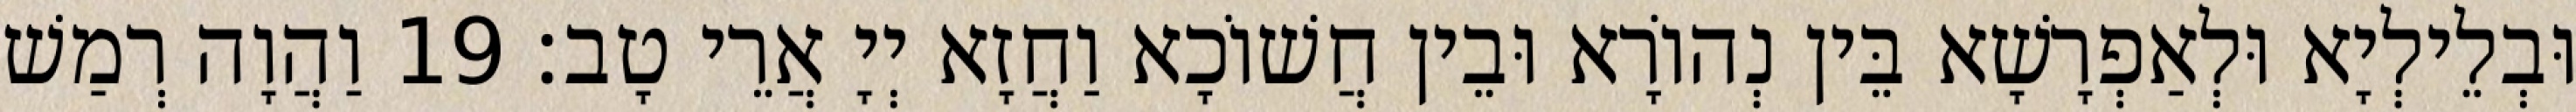
וּבְלֵילְיָא וּלְאַפְרָשָׁא בֵּין נְהוֹרָא וּבֵין חֲשׁוֹכָא וַחֲזָא יְיָ אֲרֵי טָב׃ 19 וַהֲוָה רְמַשׁ